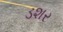
ડશર